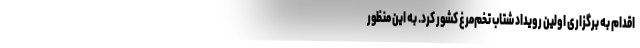
اقدام به برگزاری اولین رویداد شتاب تخم‌مرغ کشور کرد. به این منظور